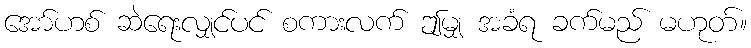
အော်ဟစ် ဆဲရေးလျှင်ပင် စကားလက် ဤမျှ အခံရ ခက်မည် မဟုတ်။